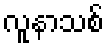
လူနာသစ်